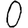
Digit: 0